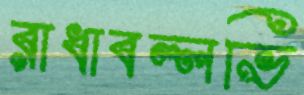
রাধাবল্লভি